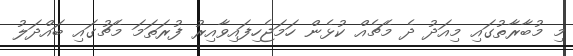
މި މުބާރާތުގައި މިއަދު ދެ މެޗެއް ކުޅެން ހަމަޖެހިފައިވާއިރު ފުރަތަމަ މެޗުގައި ބައްދަލު